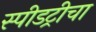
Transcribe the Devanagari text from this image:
स्पीडट्रीचा